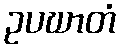
ဥပဃာတံ